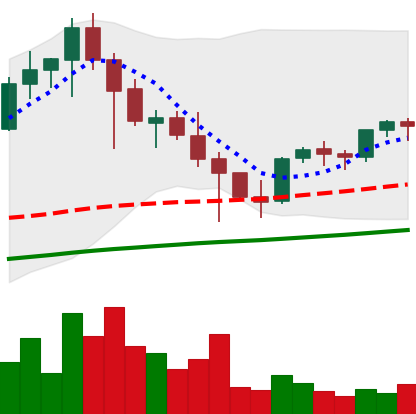
Ticker: EOS-USD
Chart end date: 2021-05-02
Forward return: 59.71%
Label: up_7plus